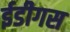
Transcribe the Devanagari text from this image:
ईडीगस